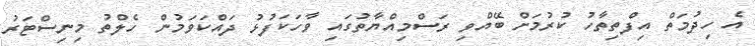
އެ ހިދުމަތް އިފްތިތާހު ކުރުމަށް ބޭއްވި ރަސްމިއްޔާތުގައި ވާހަކަފުޅު ދައްކަވަމުން ހެލްތު މިނިސްޓަރު